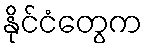
နိုင်ငံတွေက